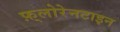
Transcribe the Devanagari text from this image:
फ़्लोरेनटाइन